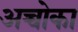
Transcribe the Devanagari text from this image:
अच्चोका